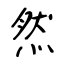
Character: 然